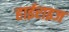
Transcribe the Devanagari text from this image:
हाईराइज